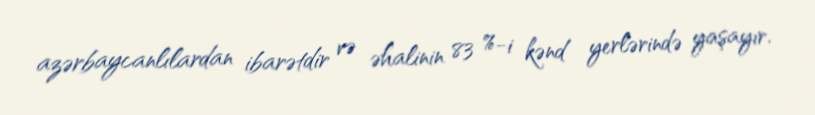
azərbaycanlılardan ibarətdir və əhalinin 83 %-i kənd yerlərində yaşayır.